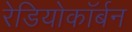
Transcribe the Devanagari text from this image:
रेडियोकॉर्बन